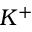
K ^ { + }